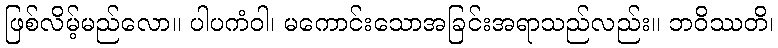
ဖြစ်လိမ့်မည်လော။ ပါပကံဝါ၊ မကောင်းသောအခြင်းအရာသည်လည်း။ ဘဝိဿတိ၊